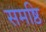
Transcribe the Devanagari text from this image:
समष्ठि